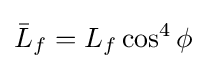
{\bar {L}}_{f}=L_{f}\cos ^{4}\phi